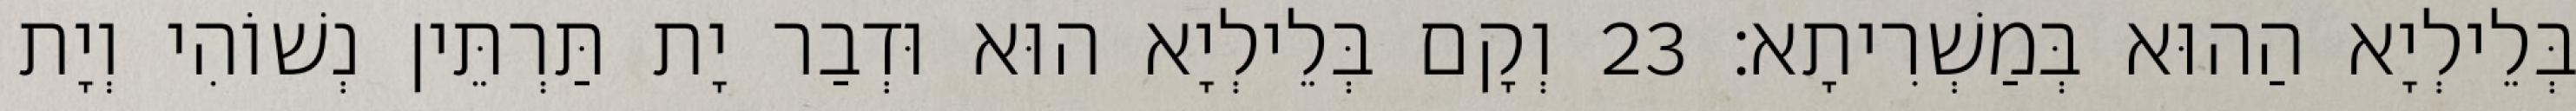
בְּלֵילְיָא הַהוּא בְּמַשְׁרִיתָא׃ 23 וְקָם בְּלֵילְיָא הוּא וּדְבַר יָת תַּרְתֵּין נְשׁוֹהִי וְיָת